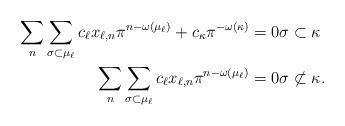
LaTeX: \begin{align*}\sum_{n} \sum_{\sigma\subset \mu_\ell } c_{\ell} x_{\ell,n}\pi^{n-\omega(\mu_\ell)}+ c_{\kappa} \pi^{-\omega(\kappa)}&=0 \sigma \subset \kappa \\\sum_{n} \sum_{\sigma\subset \mu_\ell } c_{\ell} x_{\ell,n}\pi^{n-\omega(\mu_\ell)}& =0 \sigma \not \subset \kappa.\end{align*}